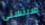
سيتسنى